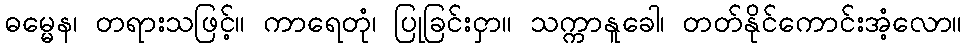
ဓမ္မေန၊ တရားသဖြင့်။ ကာရေတုံ၊ ပြုခြင်းငှာ။ သက္ကာနူခေါ၊ တတ်နိုင်ကောင်းအံ့လော။